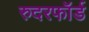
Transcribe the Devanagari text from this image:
रुदरफॉर्ड